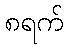
၈ရက်